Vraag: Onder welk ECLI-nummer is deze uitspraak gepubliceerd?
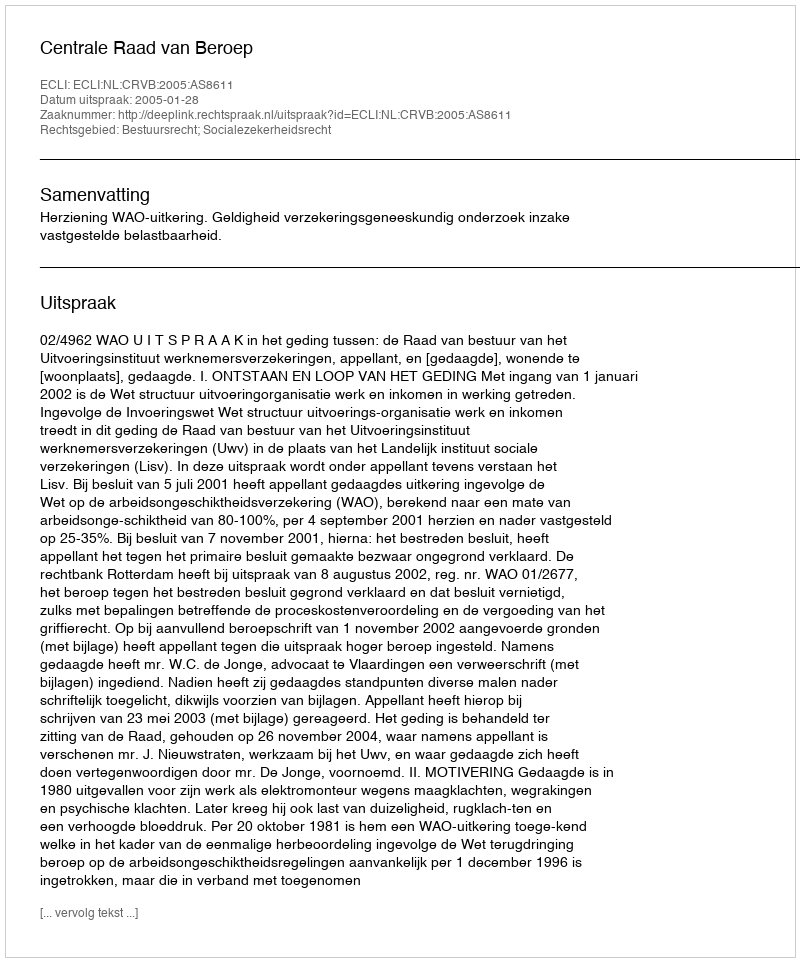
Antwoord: ECLI:NL:CRVB:2005:AS8611